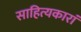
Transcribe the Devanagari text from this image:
साहित्यकारां